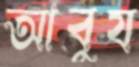
আবুয